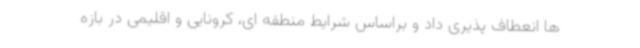
ها انعطاف پذیری داد و براساس شرایط منطقه ای، کرونایی و اقلیمی در بازه